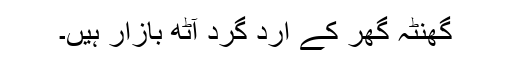
گھنٹہ گھر کے اِرد گرد آٹھ بازار ہیں۔